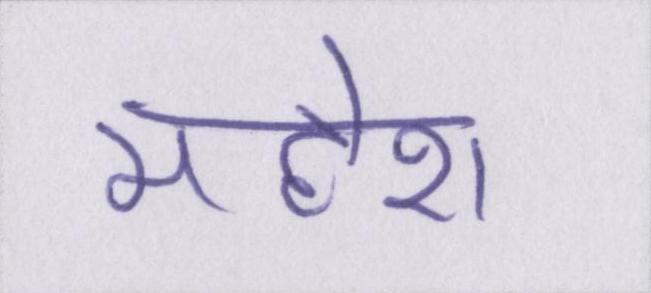
महेश